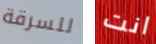
للسرقة انت